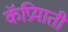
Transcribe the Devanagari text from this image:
कॅप्रियाती